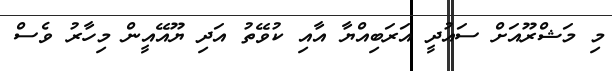
މި މަޝްރޫއަށް ސައުދީ އަރަބިއްޔާ އާއި ކުވޭތު އަދި ޔޫއޭއީން މިހާރު ވެސް